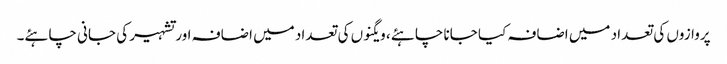
پروازوں کی تعداد میں اضافہ کیا جانا چاہئے ، ویگنوں کی تعداد میں اضافہ اور تشہیر کی جانی چاہئے۔